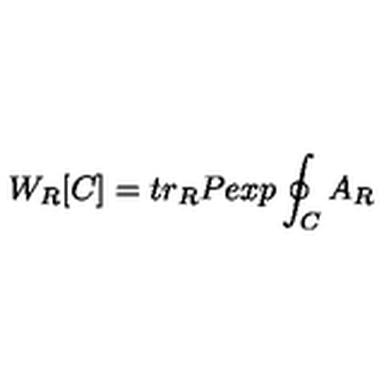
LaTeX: W _ { R } [ C ] = t r _ { R } P e x p \oint _ { C } A _ { R }